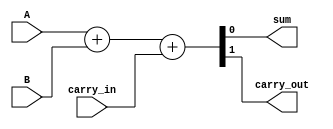
module full_adder (
    input wire A,
    input wire B,
    input wire carry_in,
    output reg sum,
    output reg carry_out
);

assign {carry_out, sum} = A + B + carry_in;

endmodule